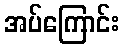
အပ်ကြောင်း